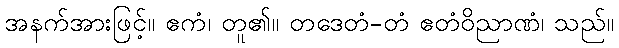
အနက်အားဖြင့်။ ဧကံ၊ တူ၏။ တဒေတံ-တံ ဧတံဝိညာဏံ၊ သည်။